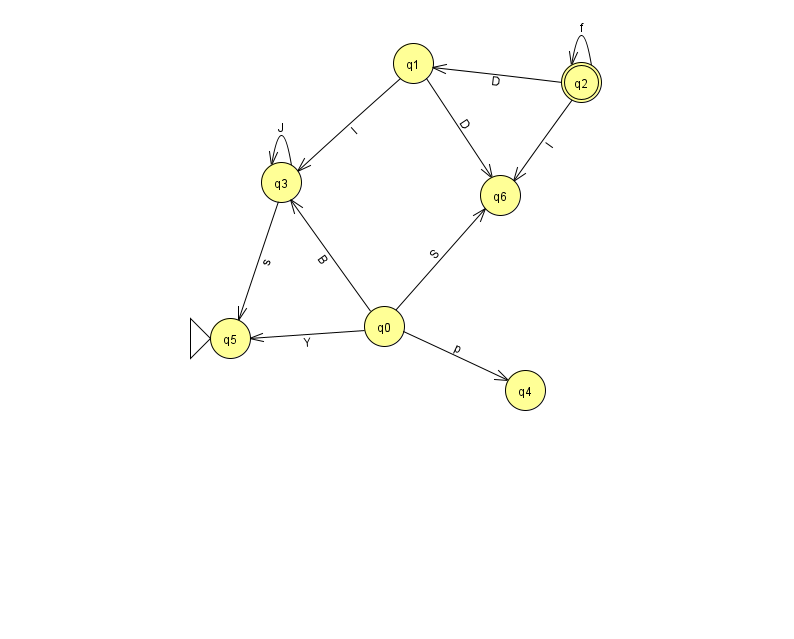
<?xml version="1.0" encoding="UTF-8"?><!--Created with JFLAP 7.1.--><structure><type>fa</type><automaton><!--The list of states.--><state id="0" name="q0"><x>384.0</x><y>313.0</y></state><state id="1" name="q1"><x>413.0</x><y>50.0</y></state><state id="2" name="q2"><x>581.0</x><y>69.0</y><final/></state><state id="3" name="q3"><x>281.0</x><y>169.0</y></state><state id="4" name="q4"><x>525.0</x><y>377.0</y></state><state id="5" name="q5"><x>230.0</x><y>325.0</y><initial/></state><state id="6" name="q6"><x>500.0</x><y>182.0</y></state><!--The list of transitions.--><transition><from>1</from><to>3</to><read>I</read></transition><transition><from>1</from><to>6</to><read>D</read></transition><transition><from>0</from><to>3</to><read>B</read></transition><transition><from>0</from><to>4</to><read>p</read></transition><transition><from>2</from><to>2</to><read>f</read></transition><transition><from>2</from><to>6</to><read>l</read></transition><transition><from>3</from><to>5</to><read>s</read></transition><transition><from>2</from><to>1</to><read>D</read></transition><transition><from>3</from><to>3</to><read>J</read></transition><transition><from>0</from><to>5</to><read>Y</read></transition><transition><from>0</from><to>6</to><read>S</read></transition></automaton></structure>